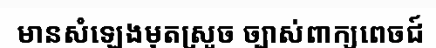
មានសំឡេងមុតស្រួច ច្បាស់ពាក្យពេចជ៍